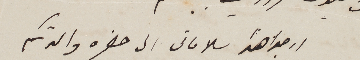
ارجو اهدا سلاماتى الى حضره والدتكم